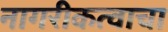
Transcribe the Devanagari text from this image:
नागरीकत्वाचा